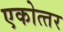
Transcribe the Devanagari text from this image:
एकोत्‍तर